Report on sanitation, dispensaries, and jails in Rajputana for 1912, and on vaccination for the year 1912-1913 - 1912-1913
Year: 1912
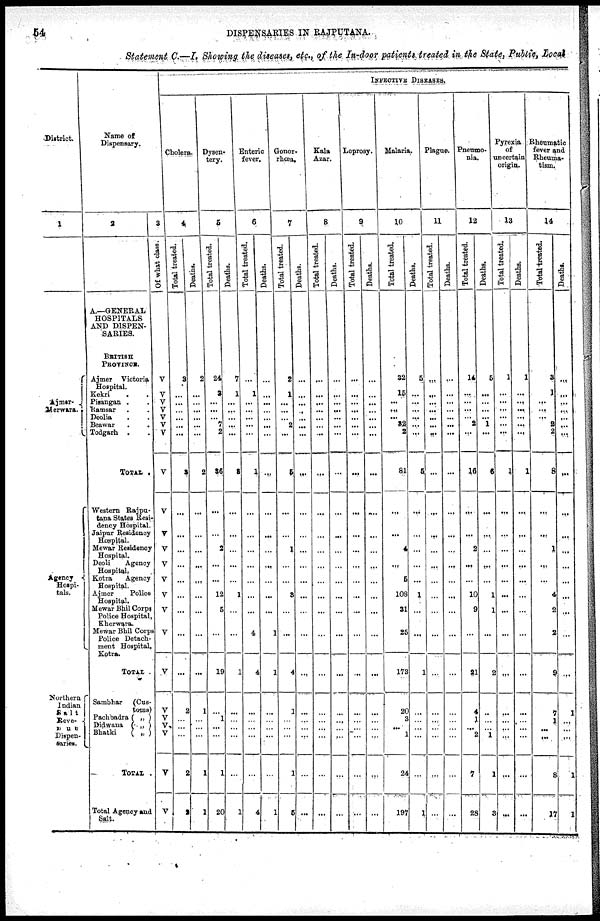
54
DISPENSARIES IN RAJPUTANA.
Statement C.—I. Showing the diseases, etc., of the In-door patients treated in the State, Public, Local
District.
1
Ajmer-
Merwara.
Agency
Hospi-
tals.
Northern
Indian
Salt
Reve¬
nue
Dispen-
saries.
Name of
Dispensary.
2
A.—GENERAL
HOSPITALS
AND DISPEN-
SARIES.
BRITISH
PROVINCE.
Ajmer Victoria
Hospital.
Kekri . .
Pisangan . .
Ramsar . . .
Deolia . .
Beawar . .
Todgarh . .
TOTAL .
Western Rajpu¬
tana States Resi-
dency Hospital.
Jaipur Residency
Hospital.
Mewar Residency
Hospital.
Deoli
Agency
Hospital.
Kotra
Agency
Hospital.
Ajmer
Police
Hospital.
Mewar Bhil Corps
Police Hospital,
Kherwara.
Mewar Bhil Corps
Police Detach-
ment Hospital,
Kotra.
TOTAL .
Sambhar (Cus-
-----
Pachbadra ( „ )
Didwana ( „ )
Bhatki ( „ )
TOTAL .
Total Agency and
Salt.
3
Of what class.
V
V
V
V
V
V
V
V
V
V
V
V
V
V
V
V
V
V
V
V
V
V
V
INFECTIVE DISEASES.
Cholera.
4
Total treated.
3
...
...
...
...
...
...
3
...
...
...
...
...
...
...
...
...
2
...
...
...
2
2
Deaths.
2
...
...
... ...
...
...
2
...
...
...
...
...
...
...
...
...
1
...
...
...
1
1
Dysen-
tery.
5
Total treated.
24
3
...
... ...
7
2
36
...
...
2
...
...
12
5
...
19
...
1
...
...
1
20
Deaths.
7
1
...
...
...
...
...
3
...
...
...
...
...
1
...
...
1
...
...
...
...
...
1
Enteric
fever.
6
Total treated.
...
1
...
...
...
...
...
1
...
...
...
...
...
...
...
4
4
...
...
...
...
...
4
Deaths.
...
...
...
...
...
...
...
...
...
...
...
...
...
...
...
1
1
...
...
...
...
...
1
Gonor-
rhœa.
7
Total treated.
2
1
...
...
...
2
...
5
...
...
1
...
...
3
...
...
4
1
1
...
...
1
5
Deaths.
...
...
...
...
...
...
...
...
...
...
...
...
...
...
...
...
...
...
...
...
...
...
...
Kala
Azar.
8
Total treated.
...
...
...
...
...
...
...
...
...
...
...
...
...
...
...
...
...
...
...
...
...
...
...
Deaths.
...
...
...
...
...
...
...
...
...
...
...
...
...
...
...
...
...
...
...
...
...
...
...
Leprosy.
9
Total treated.
...
...
...
...
...
...
...
...
...
...
...
...
...
...
...
...
...
...
...
...
...
...
...
Deaths.
...
...
...
...
...
...
...
...
...
...
...
...
...
...
...
...
...
...
...
...
...
...
...
Malaria.
10
Total treated.
32
15
...
...
...
32
2
81
...
...
4
...
5
108
31
25
173
20
3
...
1
24
197
Deaths.
5
...
...
...
...
...
...
5
...
...
...
...
...
1
...
...
1
...
...
...
...
...
1
Plague.
11
Total treated.
...
...
...
...
...
...
...
...
...
...
...
...
...
...
...
...
...
...
...
...
...
...
...
Deaths.
...
...
...
...
...
...
...
...
...
...
...
...
...
...
...
...
...
...
...
...
...
...
...
Pneumo-
nia.
12
Total treated.
14
...
...
...
...
2
...
16
...
...
2
...
...
10
9
...
21
4
1
...
2
7
28
Deaths.
5
...
...
...
...
1
...
6
...
...
...
...
...
1
1
...
2
...
..
...
1
1
3
Pyrexia
of
uncertain
origin.
13
Total treated.
1
...
...
...
...
...
...
1
...
...
...
...
...
...
...
...
...
...
...
...
...
...
...
Deaths.
1
...
...
...
...
...
...
1
...
...
...
...
...
...
...
...
...
...
...
...
...
...
...
Rheumatic
fever and
Rheuma-
tism.
14
Total treated.
3
1
...
...
...
2
2
8
...
...
1
...
...
4
2
2
9
7
1
...
...
8
17
Deaths.
...
...
...
...
...
...
...
...
...
...
...
...
...
...
...
...
...
1
...
...
...
1
1